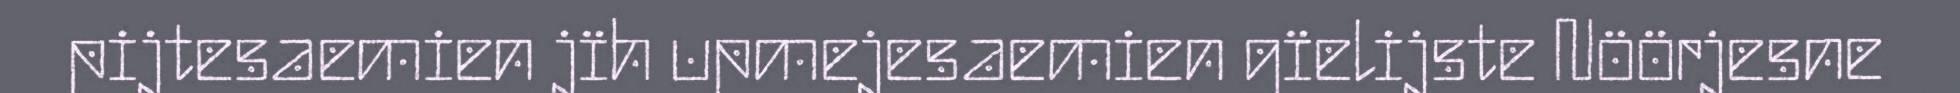
pijtesaemien jïh upmejesaemien gïelijste Nöörjesne